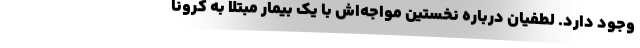
وجود دارد. لطفیان درباره نخستین مواجه‌اش با یک بیمار مبتلا به کرونا